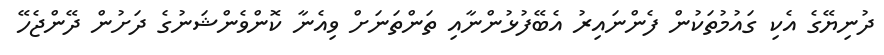
ދުނިޔޭގެ އެކި ގައުމުތަކުން ފެންނައިރު އެބޭފުޅުންނާއި ތަންތަނަށް ވިއެނާ ކޮންވެންޝަނުގެ ދަށުން ދޭންޖެހޭ